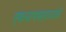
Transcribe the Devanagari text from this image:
एकनाथमहाराजांचे